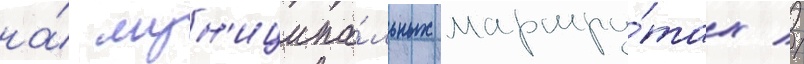
на́ мун'иципа́льных маршру́тах //